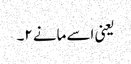
یعنی اسے مانے ۲۔